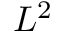
L ^ { 2 }